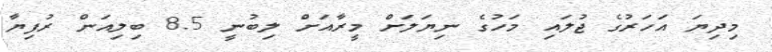
މިދިޔަ އަހަރުގެ ޖުލައި މަހުގެ ނިޔަލަށް މީރާއަށް ލިބުނީ 8.5 ބިލިއަން ރުފިޔާ